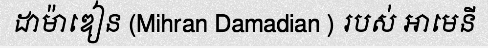
ដាម៉ាឌៀន (Mihran Damadian ) របស់ អាមេនី